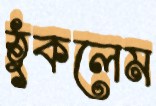
ঠুকলেম